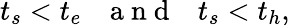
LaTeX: t_{s}<t_{e}~~~\mathrm{~a~n~d~}~~~t_{s}<t_{h},